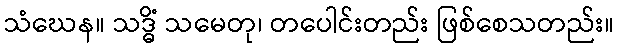
သံဃေန။ သဒ္ဓိံ သမေတု၊ တပေါင်းတည်း ဖြစ်စေသတည်း။